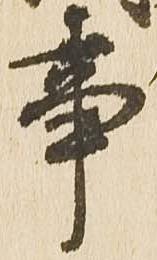
事